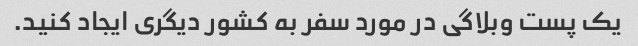
یک پست وبلاگی در مورد سفر به کشور دیگری ایجاد کنید.